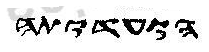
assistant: הועדותה